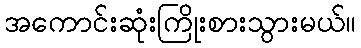
အကောင်းဆုံးကြိုးစားသွားမယ်။